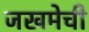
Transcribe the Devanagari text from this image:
जखमेची